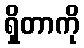
ရှိတာကို